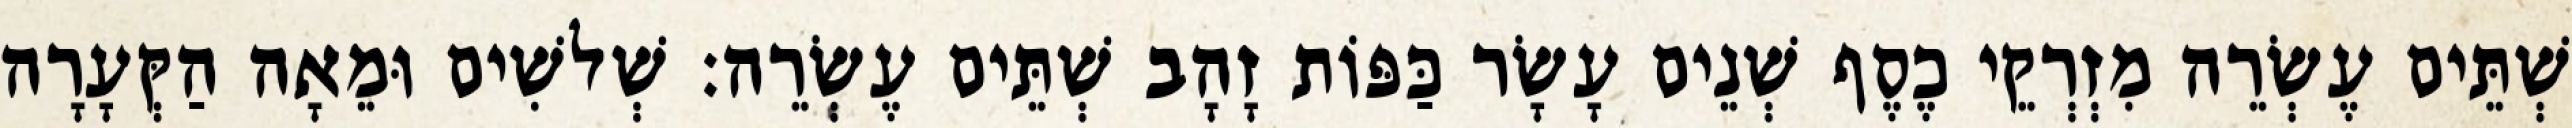
שְׁתֵּים עֶשְׂרֵה מִזְרְקֵי כֶסֶף שְׁנֵים עָשָׂר כַּפּוֹת זָהָב שְׁתֵּים עֶשְׂרֵה׃ שְׁלשִׁים וּמֵאָה הַקְּעָרָה